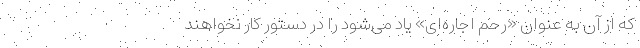
که از آن به عنوان «رحم اجاره‌ای» یاد می‌شود را در دستور کار نخواهند